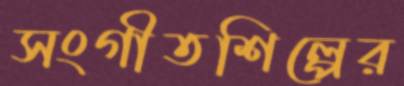
সংগীতশিল্পের